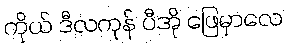
ကိုယ် ဒီလကုန် ပီအို ဖြေမှာလေ